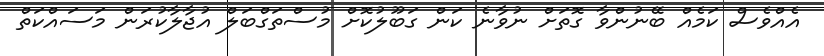
އެއްވެސް ކަމެއް ބޭނުންވާ ގޮތަށް ނުވާނެ ކަން ގަބޫލުކޮށް މުސްތަގްބަލް އުޖާލާކުރަން މަސައްކަތް